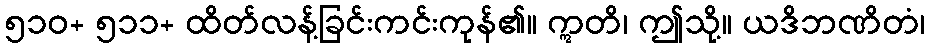
၅၁၀+ ၅၁၁+ ထိတ်လန့်ခြင်းကင်းကုန်၏။ ဣတိ၊ ဤသို့။ ယဒိဘဏိတံ၊